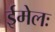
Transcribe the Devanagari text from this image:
ईमेलः